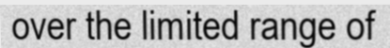
over the limited range of